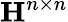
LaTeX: \mathbf{H}^{n\times n}